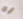
لم